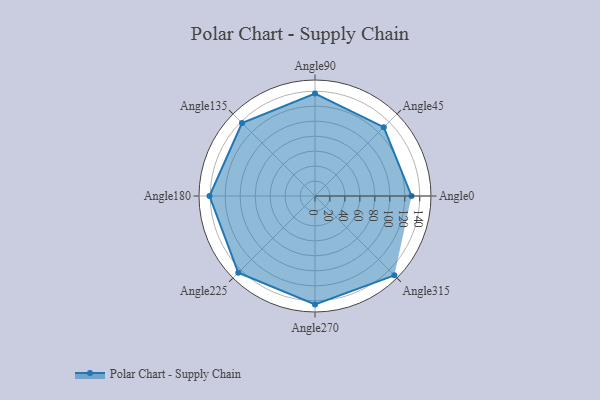
{"axis": {"x": "Angle", "y": "Radius"}, "legend": [""], "data": [{"x": "Angle0", "y": 129.0, "type": ""}, {"x": "Angle45", "y": 130.0, "type": ""}, {"x": "Angle90", "y": 137.0, "type": ""}, {"x": "Angle135", "y": 138.0, "type": ""}, {"x": "Angle180", "y": 141.0, "type": ""}, {"x": "Angle225", "y": 145.0, "type": ""}, {"x": "Angle270", "y": 145.0, "type": ""}, {"x": "Angle315", "y": 150.0, "type": ""}]}